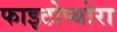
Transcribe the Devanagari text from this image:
फाइटोप्थोरा